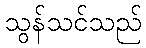
သွန်သင်သည်